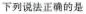
下列说法正确的是